Proceedings of the meeting of veterinary officers in India
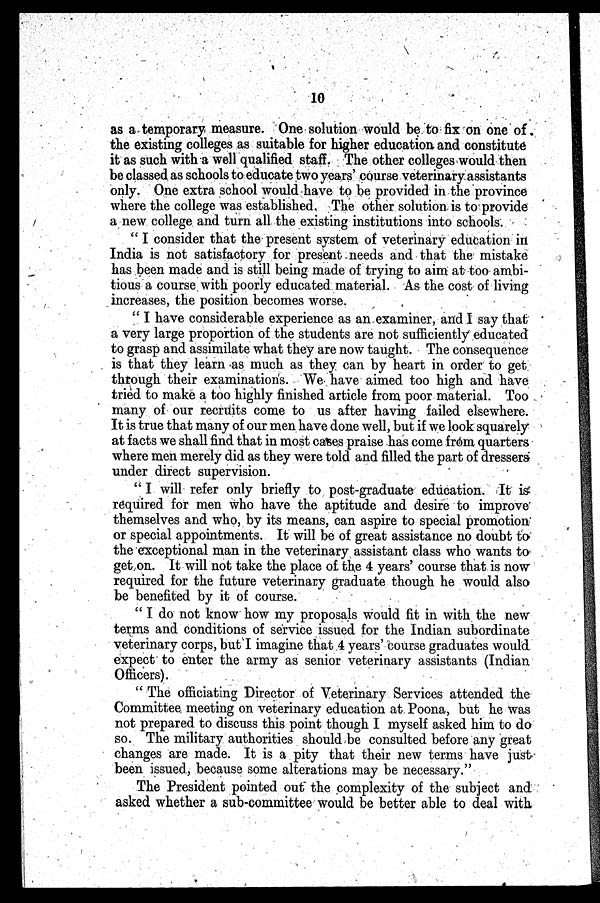
10
as a temporary measure. One solution would be to fix on one of.
the existing colleges as suitable for higher education and constitute
it as such with a well qualified staff. The other colleges would then
be classed as schools to educate two years' course veterinary assistants
only. One extra school would have to be provided in the province
where the college was established. The other solution is to provide
a new college and turn all the existing institutions into schools.
" I consider that the present system of veterinary education in
India is not satisfactory for present needs and that the mistake
has been made and is still being made of trying to aim at too ambi-
tious a course with poorly educated material. As the cost of living
increases, the position becomes worse.
" I have considerable experience as an examiner, and I say that
a very large proportion of the students are not sufficiently educated
to grasp and assimilate what they are now taught. The consequence
is that they learn as much as they can by heart in order to get
through their examinations. We have aimed too high and have
tried to make a too highly finished article from poor material. Too
many of our recruits come to us after having failed elsewhere.
It is true that many of our men have done well, but if we look squarely
at facts we shall find that in most cases praise has come from quarters
where men merely did as they were told and filled the part of dressers
under direct supervision.
" I will refer only briefly to post-graduate education. It is
required for men who have the aptitude and desire to improve
themselves and who, by its means, can aspire to special promotion
or special appointments. It will be of great assistance no doubt to
the exceptional man in the veterinary assistant class who wants to
get on. It will not take the place of the 4 years' course that is now
required for the future veterinary graduate though he would also
be benefited by it of course.
" I do not know how my proposals would fit in with the new
terms and conditions of service issued for the Indian subordinate
veterinary corps, but I imagine that 4 years' course graduates would
expect to enter the army as senior veterinary assistants (Indian
Officers).
" The officiating Director of Veterinary Services attended the
Committee meeting on veterinary education at Poona, but he was
not prepared to discuss this point though I myself asked him to do
so. The military authorities should be consulted before any great
changes are made. It is a pity that their new terms have just-
been issued, because some alterations may be necessary."
The President pointed out the complexity of the subject and
asked whether a sub-committee would be better able to deal with